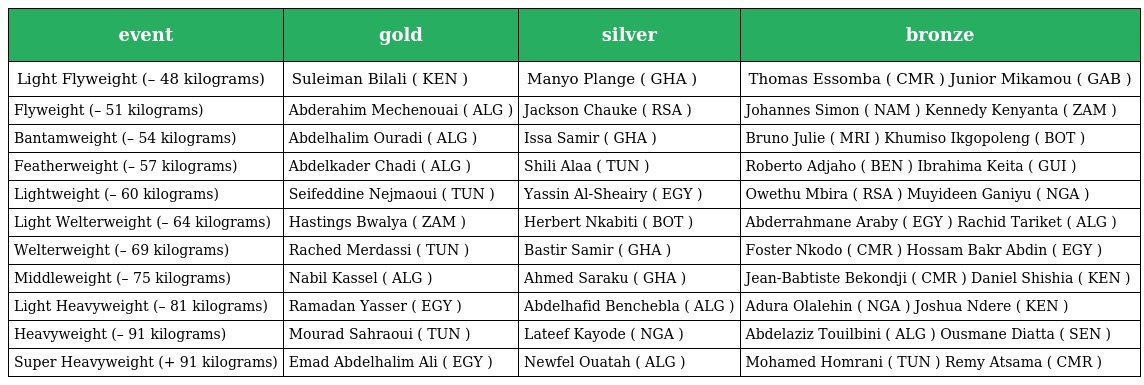
| event | gold | silver | bronze |
 | --- | --- | --- | --- |
 | Light Flyweight (– 48 kilograms) | Suleiman Bilali ( KEN ) | Manyo Plange ( GHA ) | Thomas Essomba ( CMR ) Junior Mikamou ( GAB ) |
 | Flyweight (– 51 kilograms) | Abderahim Mechenouai ( ALG ) | Jackson Chauke ( RSA ) | Johannes Simon ( NAM ) Kennedy Kenyanta ( ZAM ) |
 | Bantamweight (– 54 kilograms) | Abdelhalim Ouradi ( ALG ) | Issa Samir ( GHA ) | Bruno Julie ( MRI ) Khumiso Ikgopoleng ( BOT ) |
 | Featherweight (– 57 kilograms) | Abdelkader Chadi ( ALG ) | Shili Alaa ( TUN ) | Roberto Adjaho ( BEN ) Ibrahima Keita ( GUI ) |
 | Lightweight (– 60 kilograms) | Seifeddine Nejmaoui ( TUN ) | Yassin Al-Sheairy ( EGY ) | Owethu Mbira ( RSA ) Muyideen Ganiyu ( NGA ) |
 | Light Welterweight (– 64 kilograms) | Hastings Bwalya ( ZAM ) | Herbert Nkabiti ( BOT ) | Abderrahmane Araby ( EGY ) Rachid Tariket ( ALG ) |
 | Welterweight (– 69 kilograms) | Rached Merdassi ( TUN ) | Bastir Samir ( GHA ) | Foster Nkodo ( CMR ) Hossam Bakr Abdin ( EGY ) |
 | Middleweight (– 75 kilograms) | Nabil Kassel ( ALG ) | Ahmed Saraku ( GHA ) | Jean-Babtiste Bekondji ( CMR ) Daniel Shishia ( KEN ) |
 | Light Heavyweight (– 81 kilograms) | Ramadan Yasser ( EGY ) | Abdelhafid Benchebla ( ALG ) | Adura Olalehin ( NGA ) Joshua Ndere ( KEN ) |
 | Heavyweight (– 91 kilograms) | Mourad Sahraoui ( TUN ) | Lateef Kayode ( NGA ) | Abdelaziz Touilbini ( ALG ) Ousmane Diatta ( SEN ) |
 | Super Heavyweight (+ 91 kilograms) | Emad Abdelhalim Ali ( EGY ) | Newfel Ouatah ( ALG ) | Mohamed Homrani ( TUN ) Remy Atsama ( CMR ) |